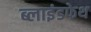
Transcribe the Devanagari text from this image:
ब्लाइंडफेथ